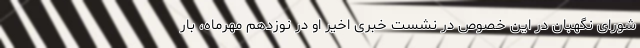
شورای نگهبان در این خصوص در نشست خبری اخیر او در نوزدهم مهرماه، بار